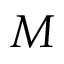
M